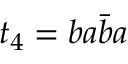
t _ { 4 } = b a \bar { b } a